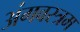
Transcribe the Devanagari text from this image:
अंगवस्त्रम